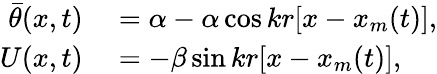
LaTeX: \begin{array}{rl}{\bar{\theta}(x,t)}&{{}=\alpha-\alpha\cos{kr[x-x_{m}(t)]},}\\ {U(x,t)}&{{}=-\beta\sin{kr[x-x_{m}(t)]},}\end{array}